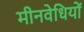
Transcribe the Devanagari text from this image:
मीनवेधियों